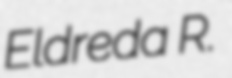
Eldreda R.